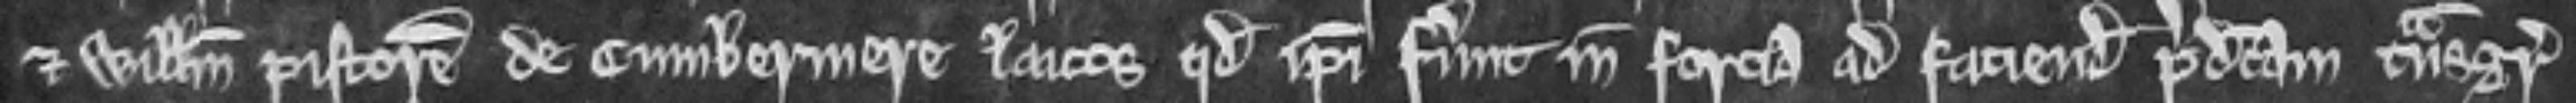
et Willelmum pistorem de Cumbermere laicos quod ipsi fuerunt in forcia ad faciendum predictam transgressionem